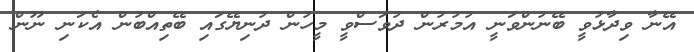
އޭނާ ވިދާޅުވީ ބޭނުންވަނީ އުމުރުން ދުވަސްވީ މީހުން ދުނިޔޭގައި ބޭތިއްބުން އެކަނި ނޫން